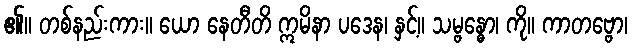
၏။ တစ်နည်းကား။ ယော နေတီတိ ဣမိနာ ပဒေန၊ နှင့်။ သမ္ဗန္ဓော၊ ကို။ ကာတဗ္ဗော၊